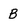
Character: B